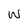
Character: w